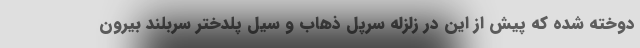
دوخته شده که پیش از این در زلزله سرپل ذهاب و سیل پلدختر سربلند بیرون